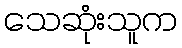
သေဆုံးသူက